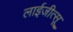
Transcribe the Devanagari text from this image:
लाईजीत्सू